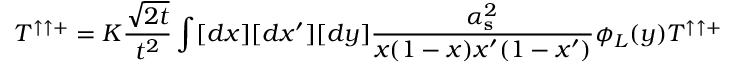
T ^ { \uparrow \uparrow + } = K \displaystyle { \frac { \sqrt { 2 t } } { t ^ { 2 } } } \int [ d x ] [ d x ^ { \prime } ] [ d y ] \displaystyle { \frac { \alpha _ { \bf s } ^ { 2 } } { x ( 1 - x ) x ^ { \prime } ( 1 - x ^ { \prime } ) } } { \phi } _ { L } ( y ) { \cal T } ^ { \uparrow \uparrow + }